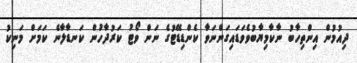
ދިއުމުން އިންތިހާބު ނާކާމިޔާބުވެވަޑައިގަންނަވާ ކެންޑިޑޭޓުގެ ނަން ވޯޓު ކަރުދާހުން ކަނޑާލާނެ ކަމަށް މަނިކު